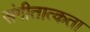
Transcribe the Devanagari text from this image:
संगीतात्कता